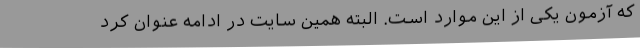
که آزمون یکی از این موارد است. البته همین سایت در ادامه عنوان کرد